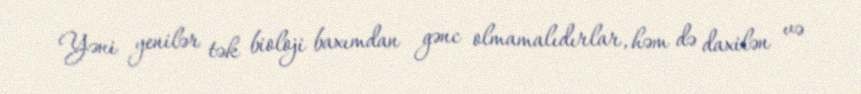
Yəni yenilər tək bioloji baxımdan gənc olmamalıdırlar, həm də daxilən və